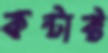
কন্টাক্ট